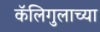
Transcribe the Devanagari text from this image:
कॅलिगुलाच्या